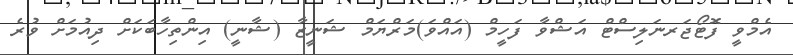
އެމްވީ ފޮޓޯޖަރނަލިސްޓް އަޝްވާ ފަހީމް (އައްވަ)މަރްޔަމް ޝަނީޒާ (ޝާނީ) އިންތިހާބަކަށް ދިއުމަށް ވުރެ